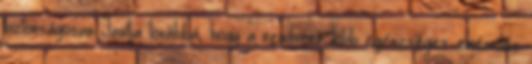
biztonságosan Javítja továbbá, hogy a rendszer több egészséges emésztés